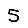
Digit: 5